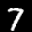
Label: 7